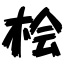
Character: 桧